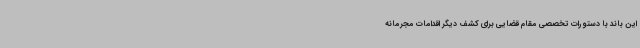
این باند با دستورات تخصصی مقام قضایی برای کشف دیگر اقدامات مجرمانه